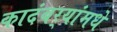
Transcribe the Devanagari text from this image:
कादंबर्‍यांमधे